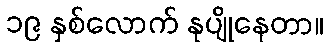
၁၉ နှစ်လောက် နုပျိုနေတာ။